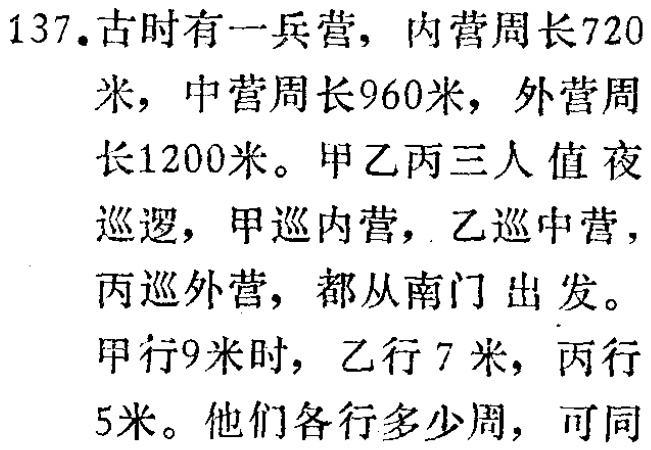
137.古时有一兵营，内营周长720米，中营周长960米，外营周长1200米。甲乙丙三人值夜巡逻，甲巡内营，乙巡中营，丙巡外营，都从南门出发。甲行9米时，乙行7米，丙行5米。他们各行多少周，可同